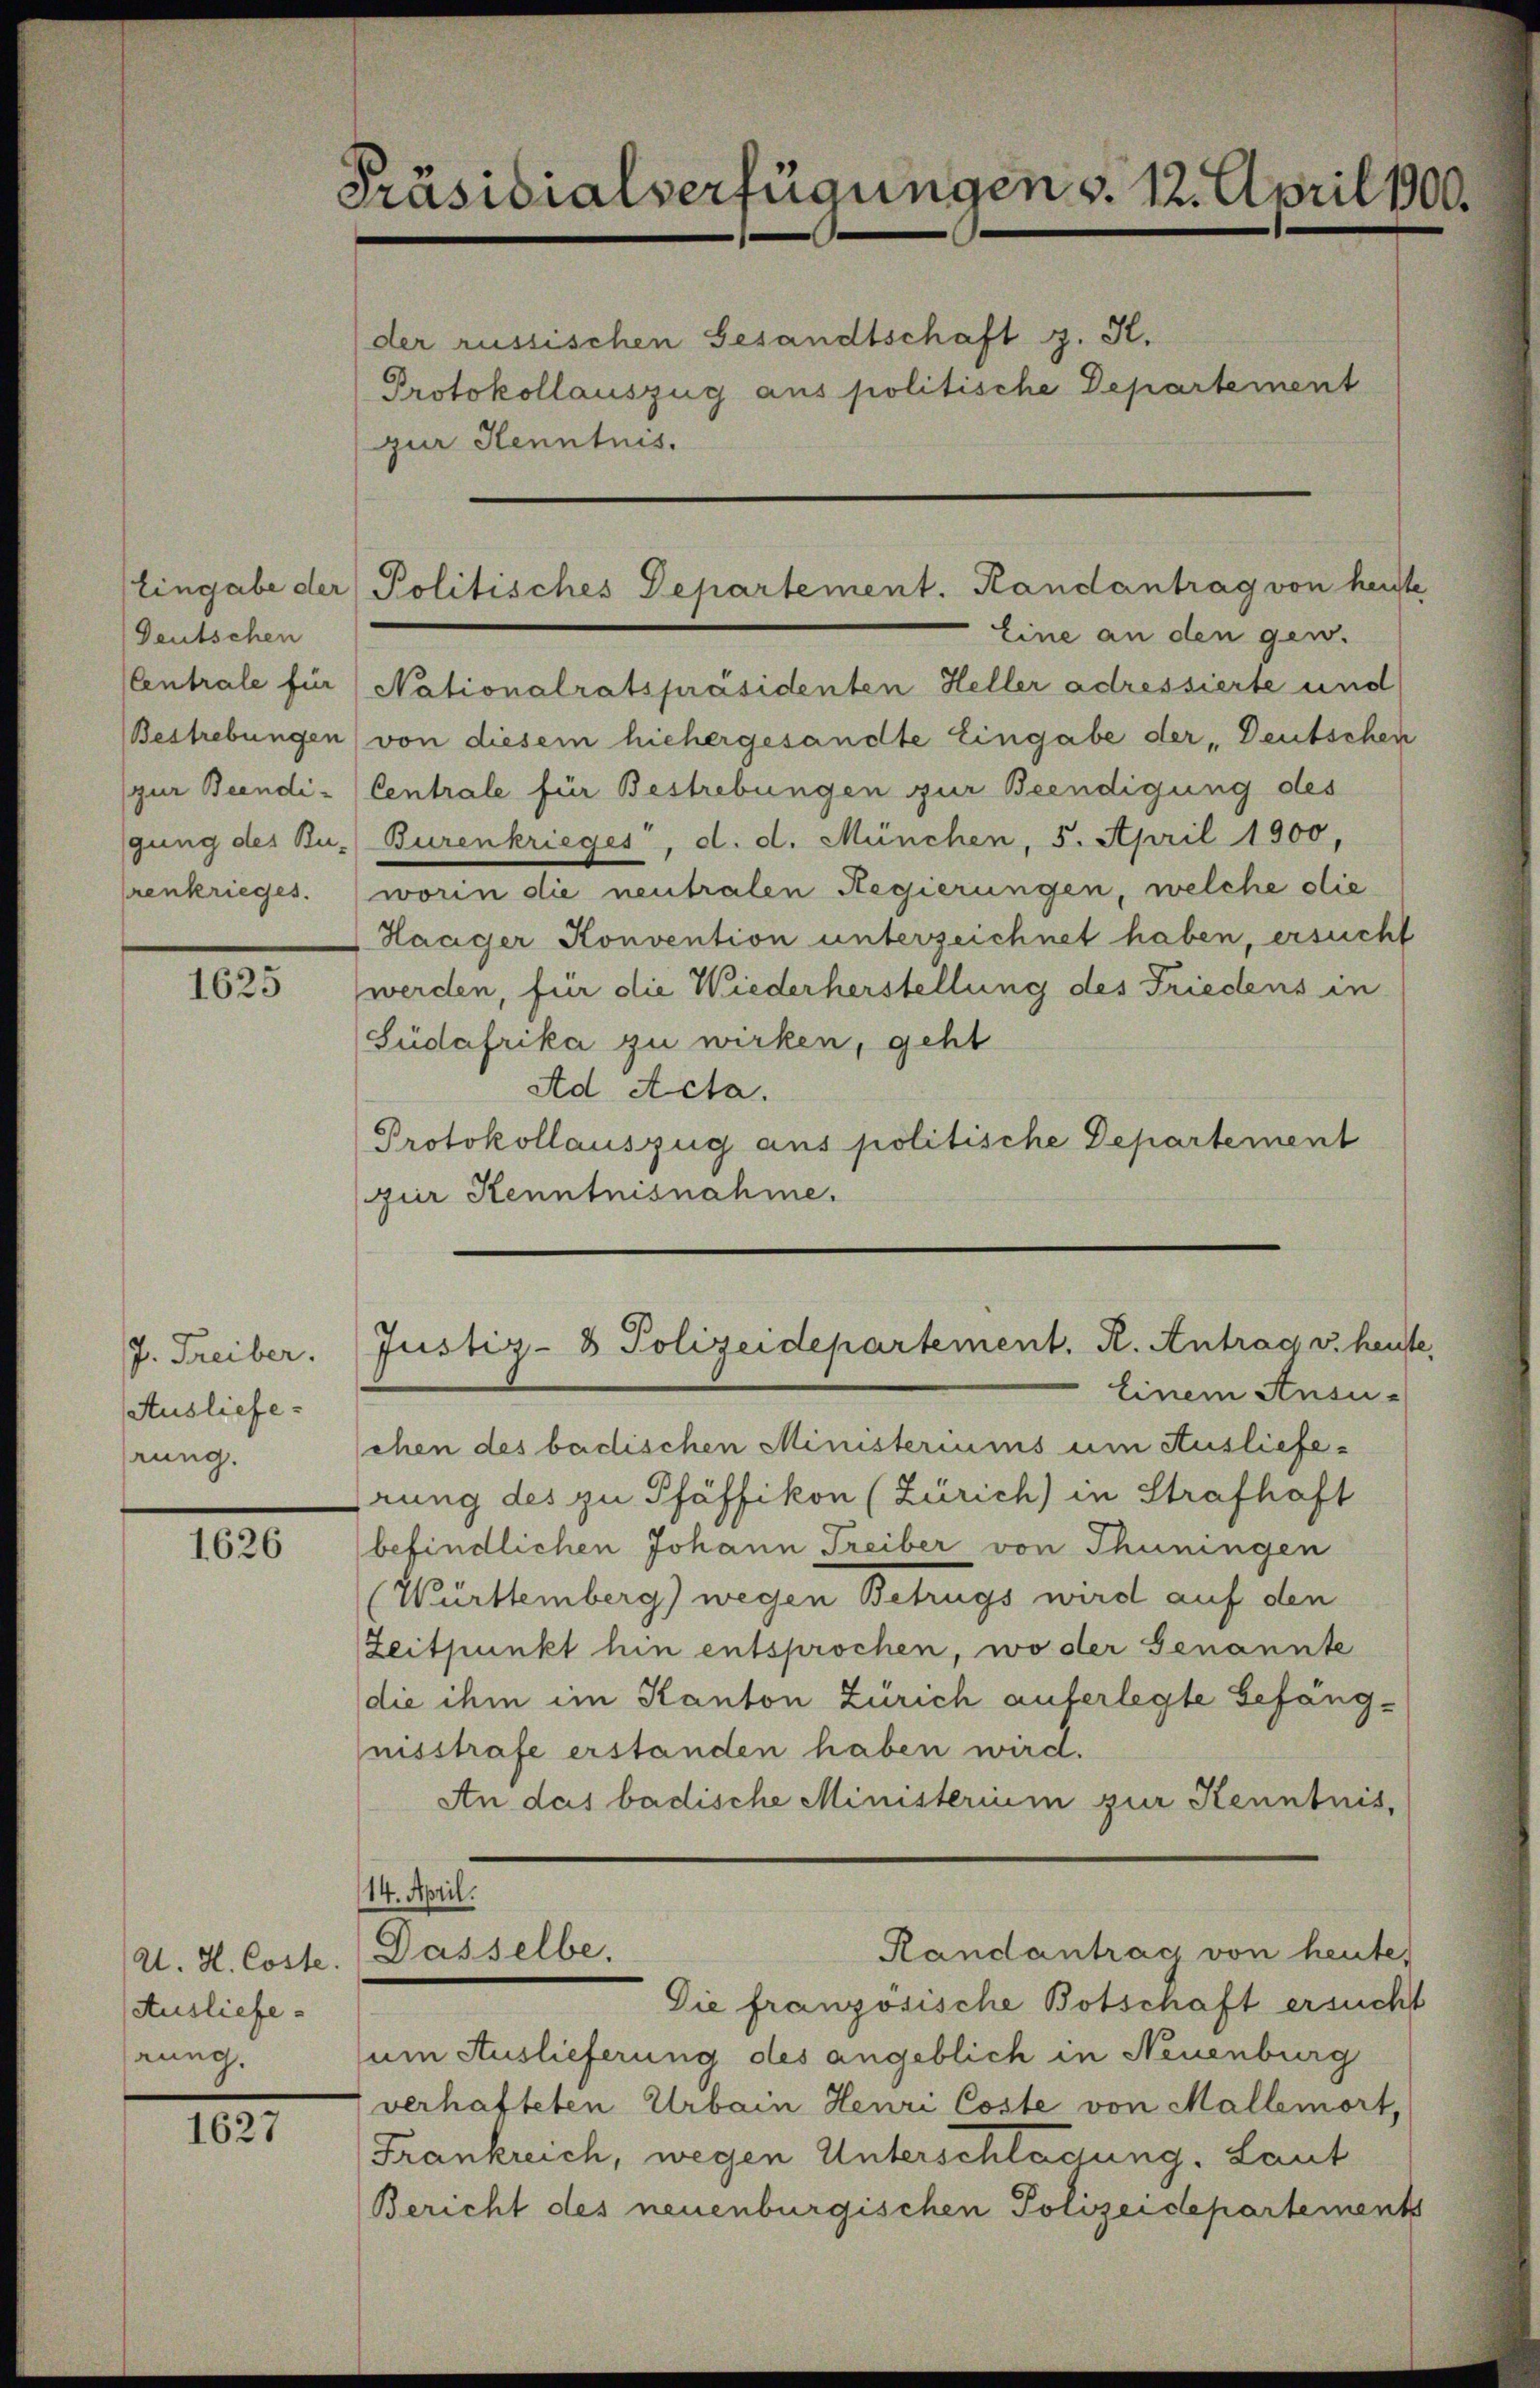
Deutschen
(Centrale für
Bestrebungen
zur Beendi-
gung des Ru-
renkrieges.

1625

J. Treiber.
Ausliefe.
rung.

1626

A. H. Coste
Ausliefe.
rung.

1627

Präsidialverfügungen v. 12. April 1900.

der russischen Gesandtschaft z. K.
Protokollauszug aus politische Departement
zur Henntnis.

Eine an den gew.
Nationalratspräsidenten Heller adressierte und
von diesem hiehergesandte Eingabe der „Deutschen
Centrale für Bestrebungen zur Beendigung des
Burenkrieges, d. d. München, 5. April 1900,
worin die neutralen Regierungen, welche die
Haager Konvention unterzeichnet haben, ersucht
werden, für die Wiederherstellung des Friedens in
Südafrika zu wirken, geht
Ad Acta.
Protokollauszug aus politische Departement
fur Kenntnisnahme.
Einem Ansu-
schen des badischen Ministeriums um Auslieferung des zu Pfäffikon (Zürich) in Strafhaft
befindlichen Johann Treiber von Thuningen
(Württemberg) wegen Betrugs wird auf den
Zeitpunkt hin entsprochen, wo der Genannte
die ihm im Kanton Zürich auferlegte Gefängnisstrafe erstanden haben wird.
An das badische Ministerium zur Kenntnis.
14. April.
Randantrag von heute,
Dasselbe.
Die französische Botschaft ersucht
um Auslieferung des angeblich in Neuenburg
verhafteten Urbain Henri Coste von Mallemort,
Frankreich, wegen Unterschlagung. Laut
Bericht des neuenburgischen Polizeidepartements

Eingabe der Politisches Departement. Randantrag von heist

Justiz- & Polizeidepartement. R. Antrag v. heut